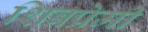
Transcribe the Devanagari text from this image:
शिवप्रेमी